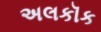
અલકૉક